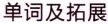
单词及拓展